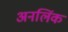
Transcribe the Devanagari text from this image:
अनलिंक